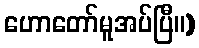
ဟောတော်မူအပ်ပြီ။)